Treatise on elephants
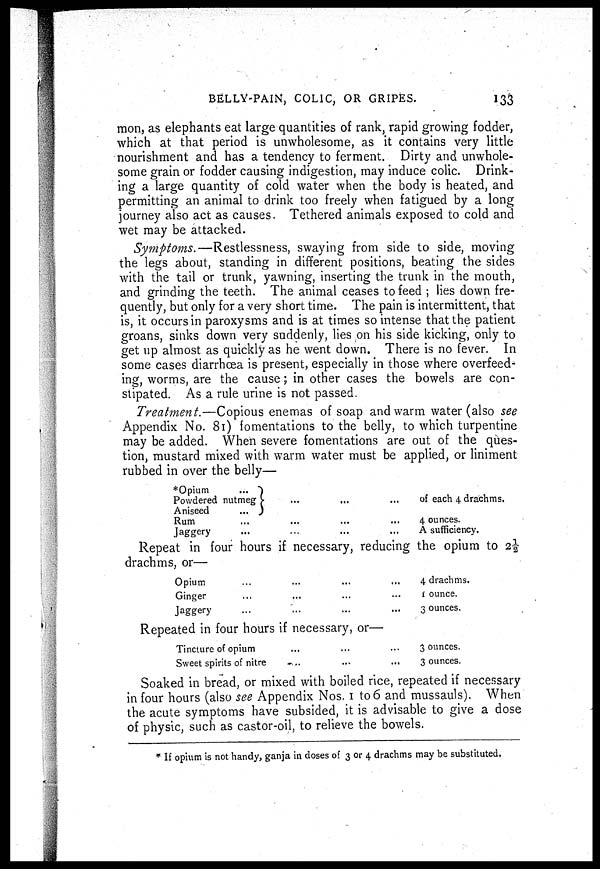
BELLY-PAIN, COLIC, OR GRIPES.
133
mon, as elephants eat large quantities of rank, rapid growing fodder,
which at that period is unwholesome, as it contains very little
nourishment and has a tendency to ferment. Dirty and unwhole-
some grain or fodder causing indigestion, may induce colic. Drink-
ing a large quantity of cold water when the body is heated, and
permitting an animal to drink too freely when fatigued by a long
journey also act as causes. Tethered animals exposed to cold and
wet may be attacked.
Symptoms.—Restlessness, swaying from side to side, moving
the legs about, standing in different positions, beating the sides
with the tail or trunk, yawning, inserting the trunk in the mouth,
and grinding the teeth. The animal ceases to feed ; lies down fre-
quently, but only for a very short time. The pain is intermittent, that
is, it occurs in paroxysms and is at times so intense that the patient
groans, sinks down very suddenly, lies on his side kicking, only to
get up almost as quickly as he went down. There is no fever. In
some cases diarrhoea is present, especially in those where overfeed-
ing, worms, are the cause; in other cases the bowels are con-
stipated. As a rule urine is not passed.
Treatment.—Copious enemas of soap and warm water (also see
Appendix No. 81) fomentations to the belly, to which turpentine
may be added. When severe fomentations are out of the ques-
tion, mustard mixed with warm water must be applied, or liniment-
rubbed in over the belly—
*Opium
...
Powdered nutmeg
Aniseed
...
Rum
Jaggery
of each 4 drachms.
4 ounces.
A sufficiency.
Repeat in four hours if necessary, reducing the opium to 2½
Opium
Ginger
Jaggery
Repeated in four hours if necessary, or—
Tincture of opium
Sweet spirits of nitre
...
4 drachms.
1 ounce.
3 ounces.
3 ounces.
3 ounces.
Soaked in bread, or mixed with boiled rice, repeated if necessary
in four hours (also see Appendix Nos. 1 to 6 and mussauls). When
the acute symptoms have subsided, it is advisable to give a dose
of physic, such as castor-oil, to relieve the bowels.
* If opium is not handy, ganja in doses of 3 or 4 drachms may be substituted.